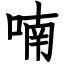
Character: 喃